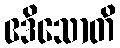
ဧဒိသောတိ